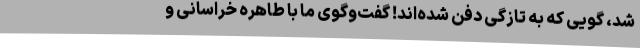
شد، گویی که به تازگی دفن شده‌اند! گفت‌وگوی ما با طاهره خراسانی و